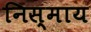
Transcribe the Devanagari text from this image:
निस्माय